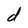
Character: d